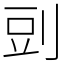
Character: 剅